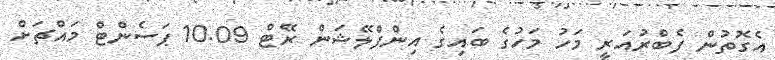
އެގޮތުން ފެބްރުއަރީ މަހު މަހުގެ ބައިގެ އިންފްލޭޝަން ރޭޓް 10.09 ޕަސެންޓް މައްޗަށް